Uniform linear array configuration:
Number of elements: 32
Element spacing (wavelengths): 1
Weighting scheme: kaiser
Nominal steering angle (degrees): -30
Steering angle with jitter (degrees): -30.969
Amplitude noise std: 0.05
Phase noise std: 0.05

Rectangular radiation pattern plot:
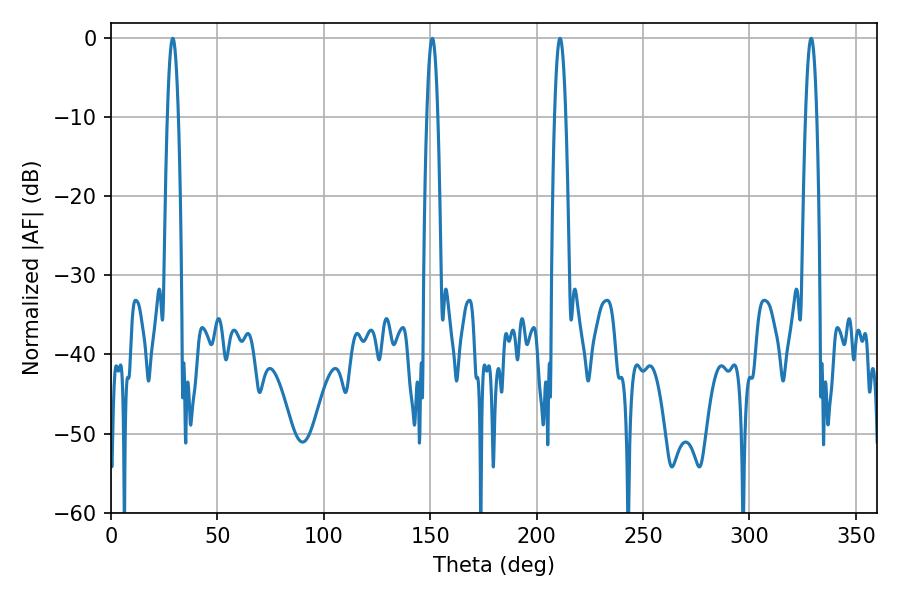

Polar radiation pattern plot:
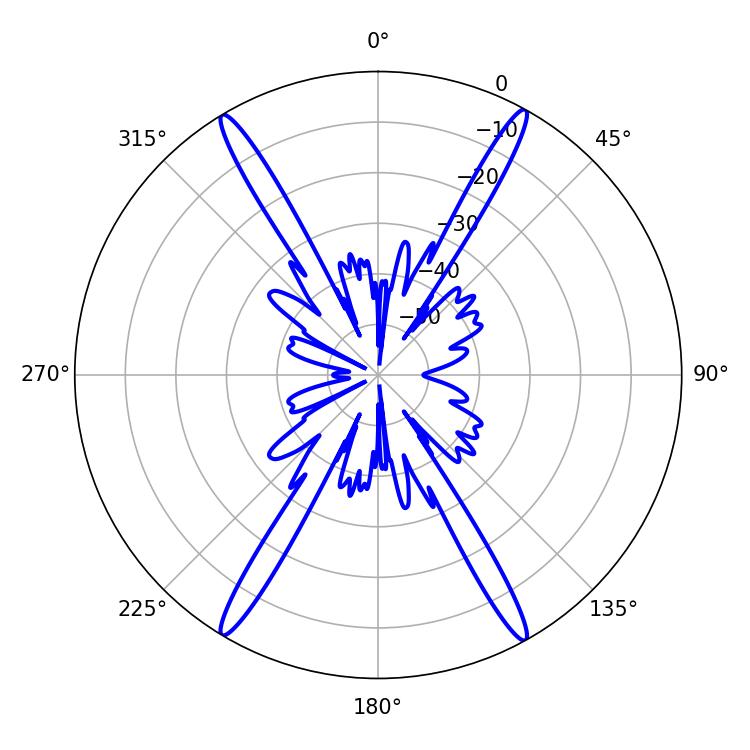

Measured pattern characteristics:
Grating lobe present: TRUE
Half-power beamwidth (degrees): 2.88
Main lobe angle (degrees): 210.96